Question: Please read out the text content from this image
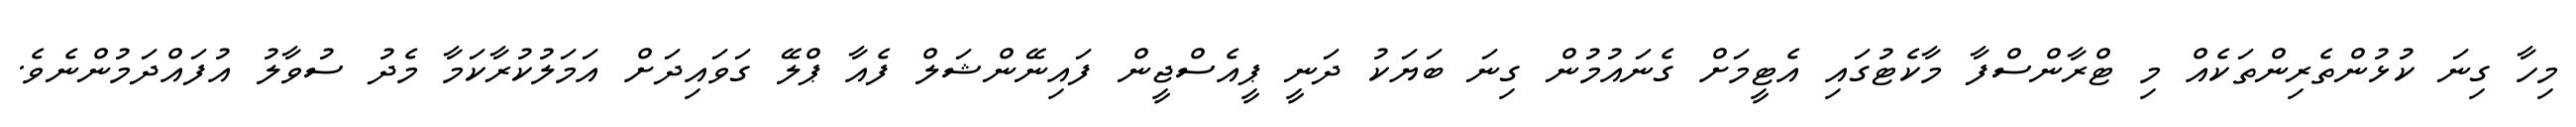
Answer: މިހާ ގިނަ ކުޅުންތެރިންތަކެއް މި ޓްރާންސްފާ މާކެޓުގައި އެޓީމަށް ގެނައުމުން ގިނަ ބަޔަކު ދަނީ ޕީއެސްޖީން ފައިނޭންޝަލް ފެއާ ޕްލޭ ގަވައިދަށް އަމަލުކުރާކަމާ މެދު ސުވާލު އުފައްދަމުންނެވެ.